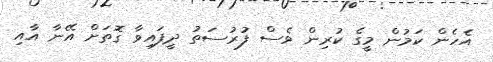
އެހެން ކަމުން މީގެ ކުރިން ވެސް ފުރުސަތު ދީފައިވާ ގޮތަށް އޭނާ އާއި